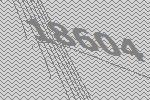
18604